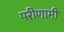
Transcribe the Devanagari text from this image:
परीणामी